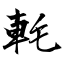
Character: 軞